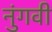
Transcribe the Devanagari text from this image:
नुंगवी